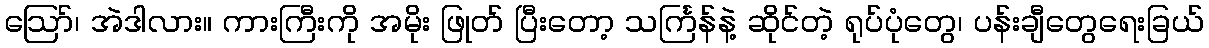
ဪ၊ အဲဒါလား။ ကားကြီးကို အမိုး ဖြုတ် ပြီးတော့ သင်္ကြန်နဲ့ ဆိုင်တဲ့ ရုပ်ပုံတွေ၊ ပန်းချီတွေရေးခြယ်